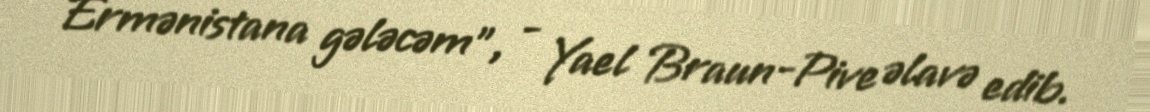
Ermənistana gələcəm”, - Yael Braun-Pive əlavə edib.